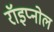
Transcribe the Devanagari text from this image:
रॉइप्नोल